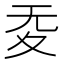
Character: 𡕠